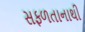
સફળતાનાથી